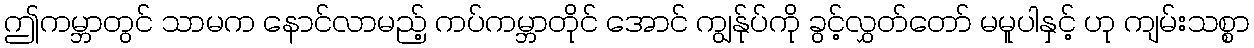
ဤကမ္ဘာတွင် သာမက နောင်လာမည့် ကပ်ကမ္ဘာတိုင် အောင် ကျွန်ုပ်ကို ခွင့်လွှတ်တော် မမူပါနှင့် ဟု ကျမ်းသစ္စာ